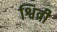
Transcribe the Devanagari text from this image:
श्वित्री